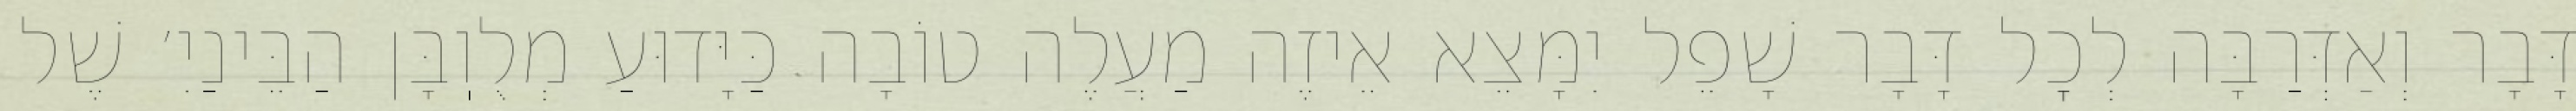
דָּבָר וְאַדְּרַבָּה לְכׇל דָּבָר שָׁפֵל יִמָּצֵא אֵיזֶה מַעֲלֶה טוֹבָה כַּיָּדוּעַ מְלֻוֽבָּן הַבֵּינַיִ׳ שֶׁל